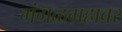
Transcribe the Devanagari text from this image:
मंगळग्रहावर